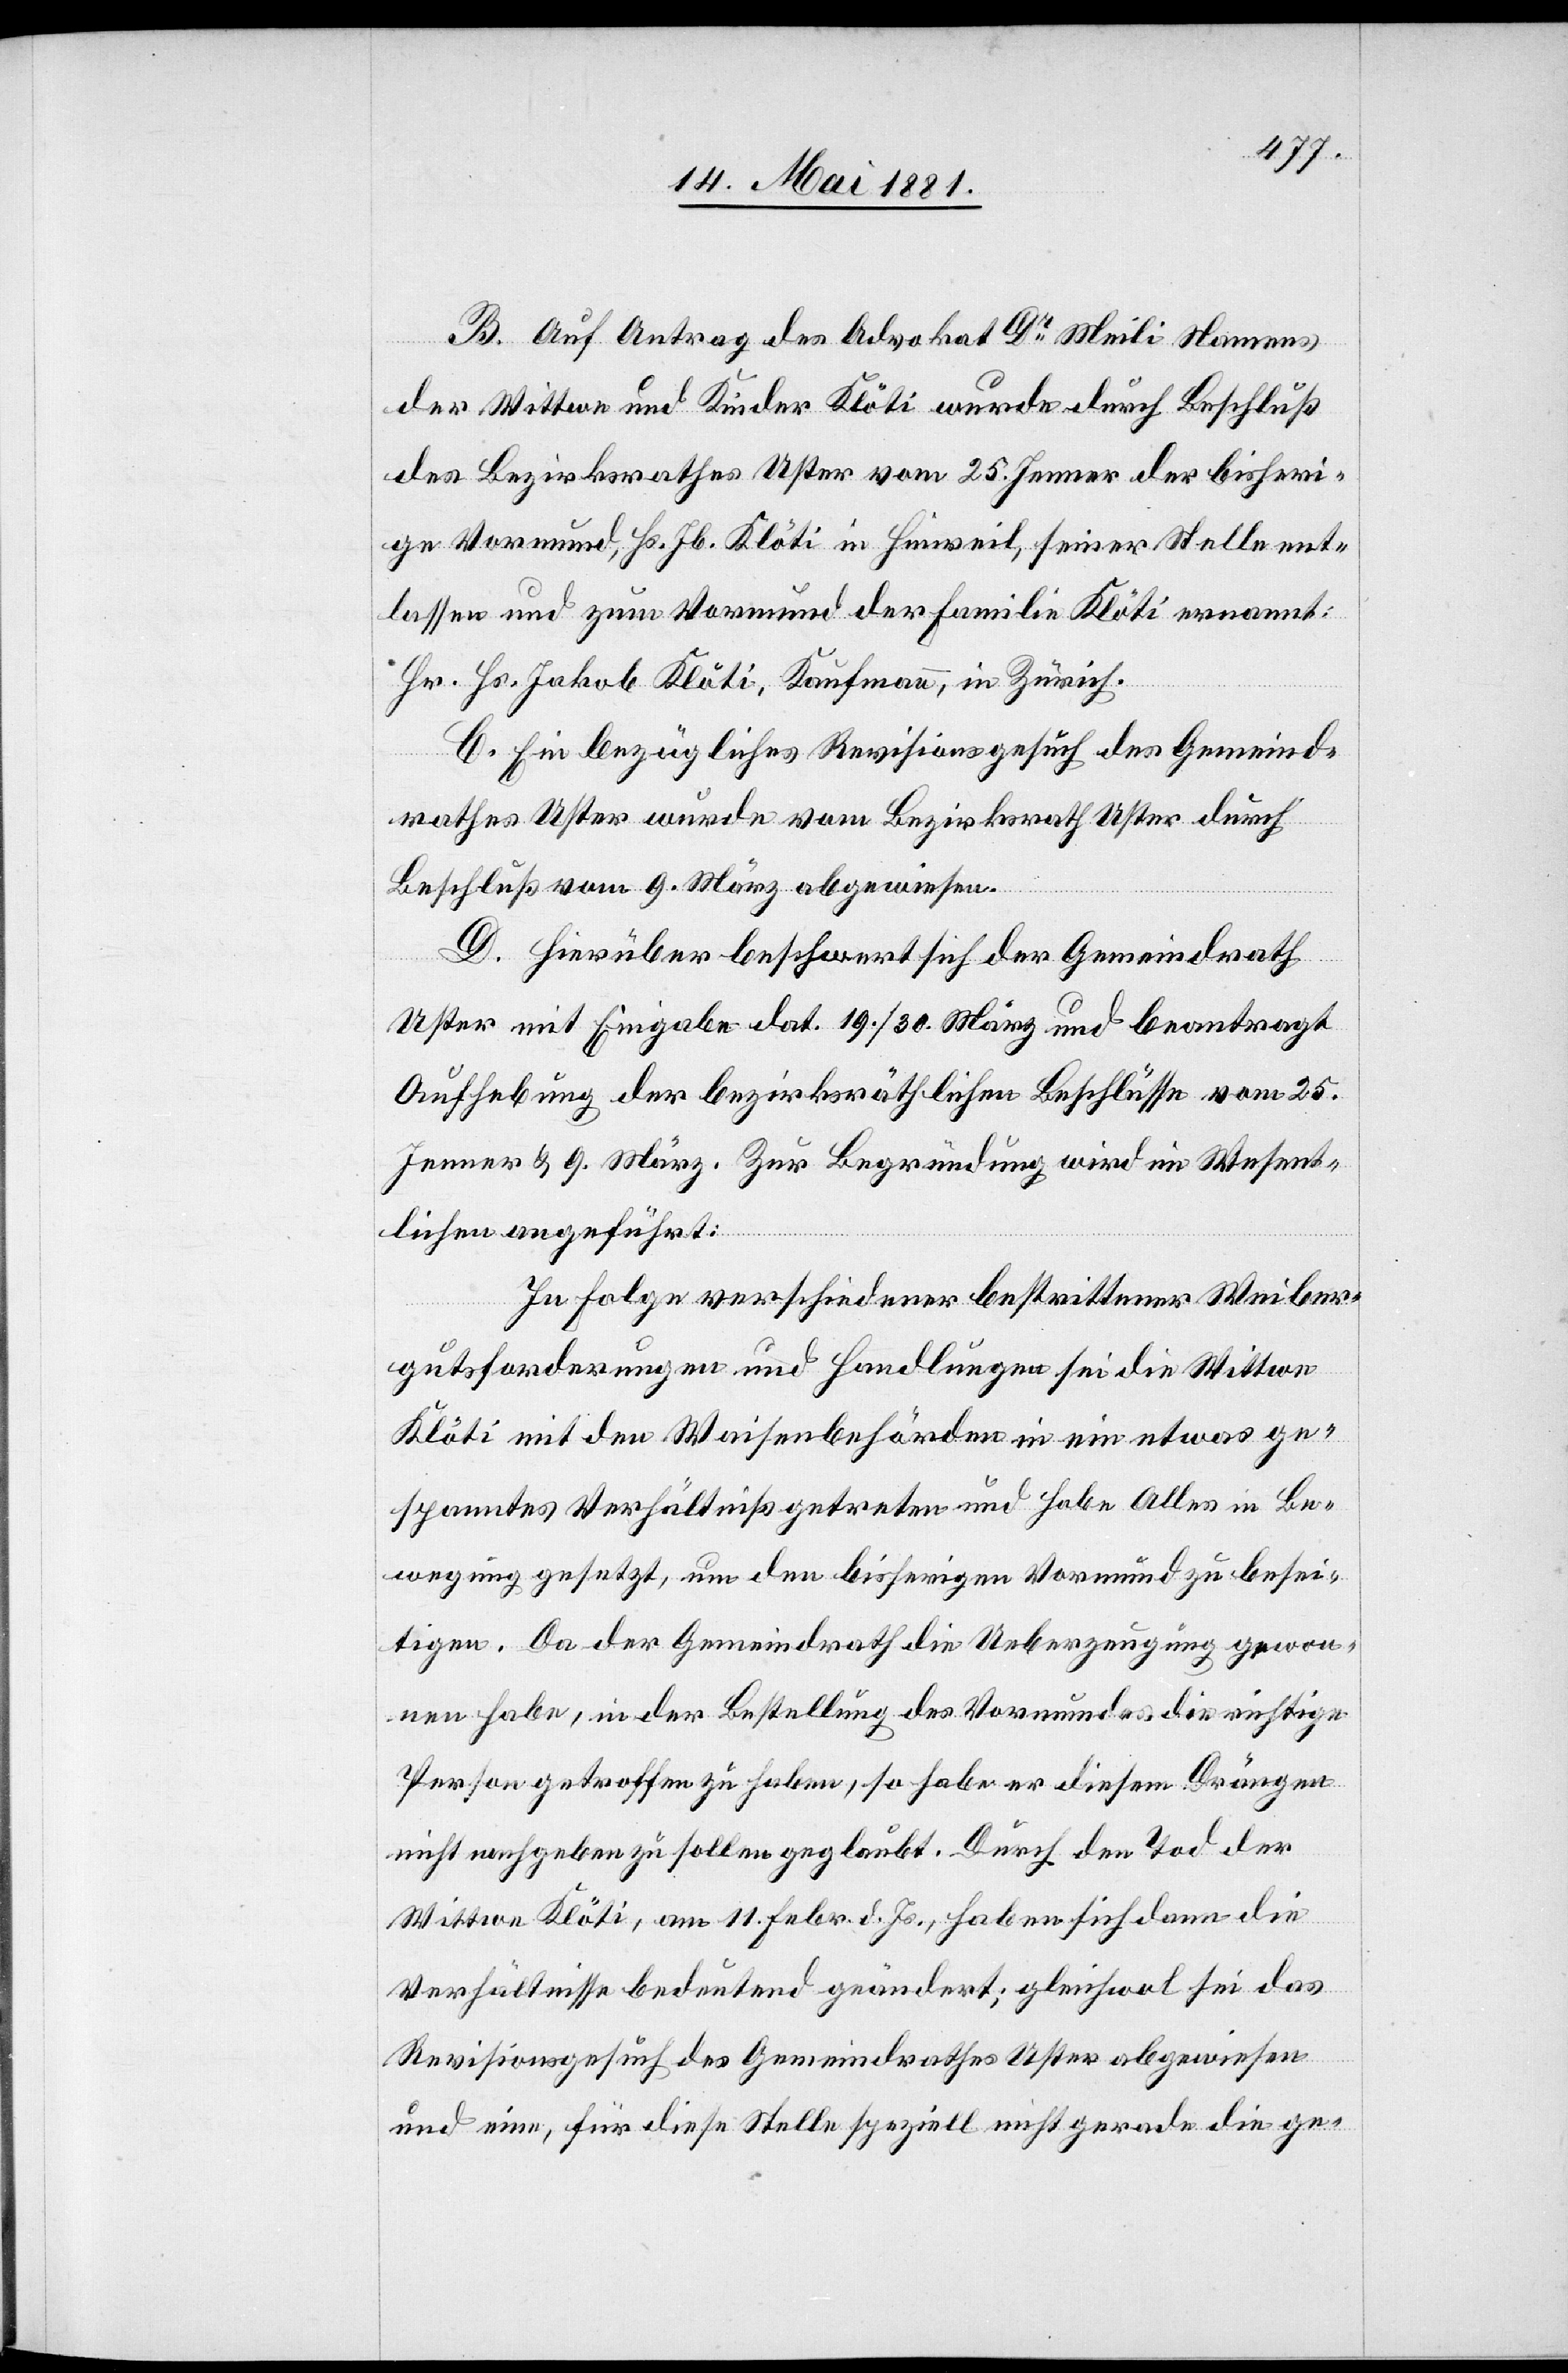
B. Auf Antrag des Advokat Dr Meili Namens
der Wittwe und Kinder Klöti wurde durch Beschluß
des Bezirksrathes Uster vom 25. Jenner der bisheri¬
ge Vormund, Hs. Jb. Klöti in Hinweil, seiner Stelle ent¬
lassen und zum Vormund der Familie Klöti ernannt:
Hr. Hs. Jakob Klöti, Kaufmann, in Zürich.
C. Ein bezügliches Revisionsgesuch des Gemeind¬
rathes Uster wurde vom Bezirksrath Uster durch
Beschluß vom 9. März abgewiesen.
D. Hierüber beschwert sich der Gemeindrath
Uster mit Eingabe dat. 19./30. März und beantragt
Aufhebung der bezirksräthlichen Beschlüsse vom 25.
Jenner & 9. März. Zur Begründung wird im Wesent¬
lichen angeführt:
In Folge verschiedener bestrittener Weiber¬
gutsforderungen und Handlungen sei die Wittwe
Klöti mit den Waisenbehörden in ein etwas ge¬
spanntes Verhältniß getreten und habe Alles in Be¬
wegung gesetzt, um den bisherigen Vormund zu besei¬
tigen. Da der Gemeindrath die Ueberzeugung gewon¬
nen habe, in der Bestellung des Vormundes die richtige
Person getroffen zu haben, so habe er diesem Drängen
nicht nachgeben zu sollen geglaubt. Durch den Tod der
Wittwe Klöti, am 11. Febr. d. Js., haben sich dann die
Verhältnisse bedeutend geändert; gleichwol sei das
Revisionsgesuch des Gemeindrathes Uster abgewiesen
und eine, für diese Stelle speziell nicht gerade die ge-